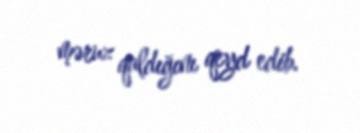
məruz qaldığını qeyd edib.